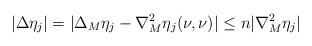
LaTeX: \begin{align*} |\Delta \eta_j| = |\Delta_M \eta_j - \nabla_M^2 \eta_j (\nu, \nu)| \leq n |\nabla^2_M \eta_j| \end{align*}